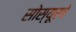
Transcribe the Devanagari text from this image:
सोस्यूरचे